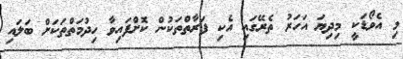
މި އެވޯޑަކީ މިދިޔަ އަހަރު ތެރޭގައި އެކި ފަރާތްތަކުން ކޮށްފައިވާ ހިދުމަތްތަކަށް ބަލައި